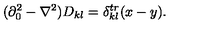
( \partial _ { 0 } ^ { 2 } - \nabla ^ { 2 } ) D _ { k l } = \delta _ { k l } ^ { t r } ( x - y ) .